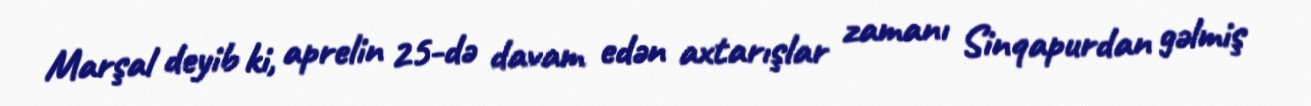
Marşal deyib ki, aprelin 25-də davam edən axtarışlar zamanı Sinqapurdan gəlmiş